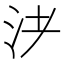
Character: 𰛌